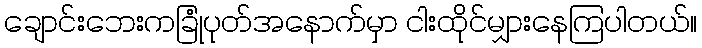
ချောင်းဘေးကခြုံပုတ်အနောက်မှာ ငါးထိုင်မျှားနေကြပါတယ်။